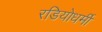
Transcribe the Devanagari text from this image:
रडियोधर्मी